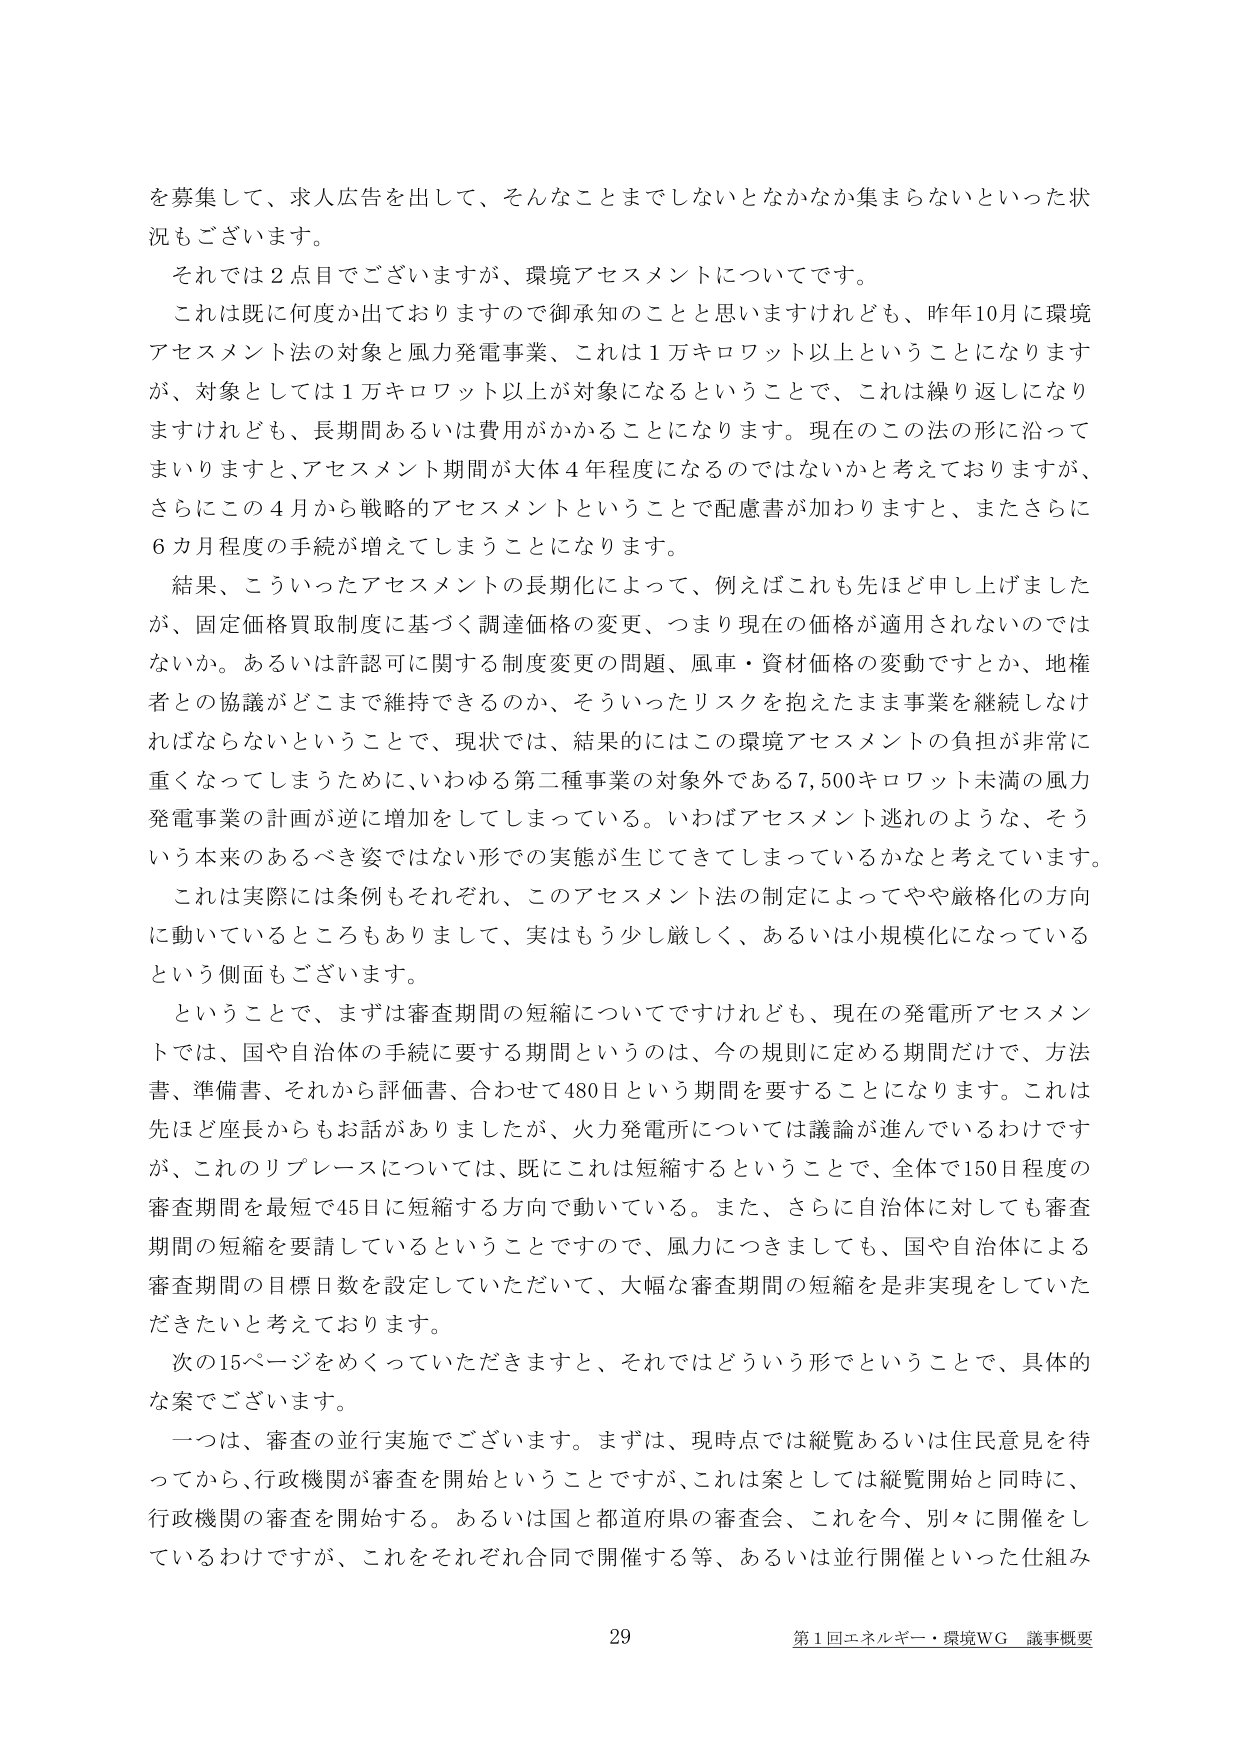
を募集して、求人広告を出して、そんなことまでしないとなかなか集まらないといった状況もございます。

それでは２点目でございますが、環境アセスメントについてです。

これは既に何度か出ておりますので御承知のことと思いますけれども、昨年10月に環境アセスメント法の対象と風力発電事業、これは１万キロワット以上ということになりますが、対象としては１万キロワット以上が対象になるということで、これは繰り返しになりますけれども、長期間あるいは費用がかかることになります。現在のこの法の形に沿ってまいりますと、アセスメント期間が大体４年程度になるのではないかと考えておりますが、さらにこの４月から戦略的アセスメントということで配慮書が加わりますと、またさらに６カ月程度の手続が増えてしまうことになります。

結果、こういったアセスメントの長期化によって、例えばこれも先ほど申し上げましたが、固定価格買取制度に基づく調達価格の変更、つまり現在の価格が適用されないのではないか。あるいは許認可に関する制度変更の問題、風車・資材価格の変動ですとか、地権者との協議がどこまで維持できるのか、そういったリスクを抱えたまま事業を継続しなければならないということで、現状では、結果的にはこの環境アセスメントの負担が非常に重くなってしまうために、いわゆる第二種事業の対象外である7,500キロワット未満の風力発電事業の計画が逆に増加をしてしまっている。いわばアセスメント逃れのような、そういう本来のあるべき姿ではない形での実態が生じてきてしまっているかなと考えています。

これは実際には条例もそれぞれ、このアセスメント法の制定によってやや厳格化の方向に動いているところもありますし、実はもう少し厳しく、あるいは小規模化になっているという側面もございます。

ということで、まずは審査期間の短縮についてですけれども、現在の発電所アセスメントでは、国や自治体の手続に要する期間というのは、今の規則に定める期間だけで、方法書、準備書、それから評価書、合わせて480日という期間を要することになります。これは先ほど座長からもお話がありましたけど、火力発電所については議論が進んでいるわけですが、このリプレースについては、既にこれは短縮するということで、全体で150日程度の審査期間を最短で45日に短縮する方向で動いている。また、さらに自治体に対しても審査期間の短縮を要請しているということで、風力につきましても、国や自治体による審査期間の目標日数を設定していただいて、大幅な審査期間の短縮を是非実現していただきたいと考えております。

次の15ページをめくっていただきますと、それではどういう形でということで、具体的な案でございます。

一つは、審査の並行実施でございます。まずは、現時点では縦覧あるいは住民意見を待ってから、行政機関が審査を開始ということですが、これは案としては縦覧開始と同時に、行政機関の審査を開始する。あるいは国と都道府県の審査会、これを今、別々に開催をしているわけですが、これをそれぞれ合同で開催する等、あるいは並行開催といった仕組み

29 第1回エネルギー・環境WG 議事概要